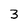
Character: 3